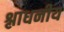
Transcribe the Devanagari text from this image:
श्लाधनीय